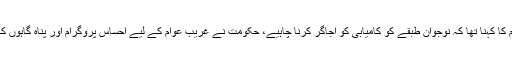
وزیراعظم کا کہنا تھا کہ نوجوان طبقے کو کامیابی کو اجاگر کرنا چاہیے، حکومت نے غریب عوام کے لیے احساس پروگرام اور پناہ گاہوں کا اجرا کیا۔